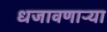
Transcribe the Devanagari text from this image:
धजावणाऱ्या